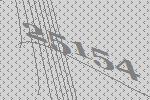
25154